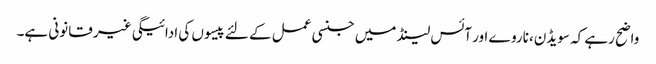
واضح رہے کہ سویڈن، ناروے اور آئس لینڈ میں جنسی عمل کے لئے پیسوں کی ادائیگی غیر قانونی ہے۔